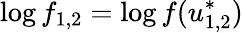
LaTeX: \log f_{1,2}=\log f(u_{1,2}^{*})